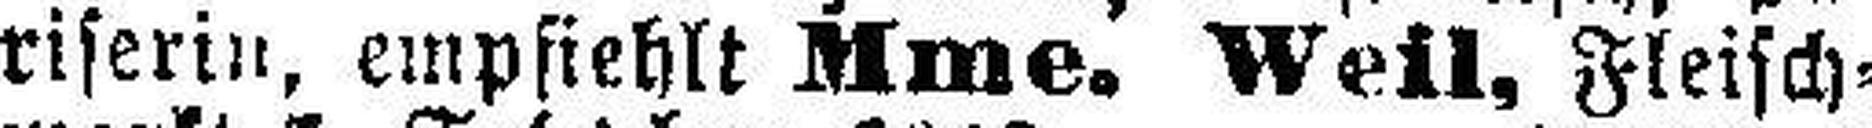
riserin, empfiehlt Mme. Weil, Fleisch¬